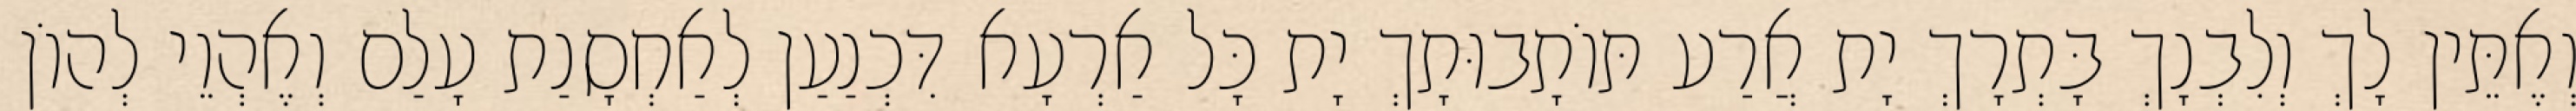
וְאֶתֵּין לָךְ וְלִבְנָךְ בָּתְרָךְ יָת אֲרַע תּוֹתָבוּתָךְ יָת כָּל אַרְעָא דִּכְנַעַן לְאַחְסָנַת עָלַם וְאֶהְוֵי לְהוֹן